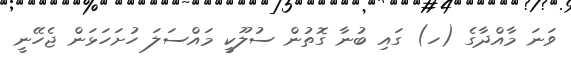
ވަނަ މާއްދާގެ (ހ) ގައި ބުނާ ގޮތުން ސުލޫކީ މައްސަލަ ހުށަހަޅަން ޖެހޭނީ